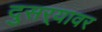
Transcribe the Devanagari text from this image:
दुसर्‍यावर